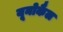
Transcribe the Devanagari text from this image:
यूनोकैल